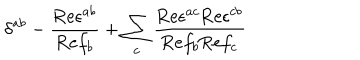
\delta ^ { a b } - { \frac { \mathrm { R e } \epsilon ^ { a b } } { \mathrm { R e } f _ { b } } } + \sum _ { c } { \frac { \mathrm { R e } \epsilon ^ { a c } \mathrm { R e } \epsilon ^ { c b } } { \mathrm { R e } f _ { b } \mathrm { R e } f _ { c } } }